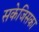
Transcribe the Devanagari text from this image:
सकेजिसका